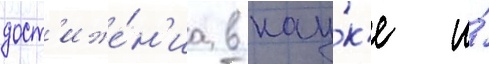
дост'иже́н'иа в нау́к'е и́